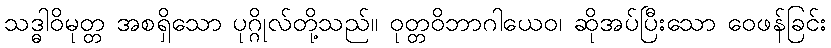
သဒ္ဓါဝိမုတ္တ အစရှိသော ပုဂ္ဂိုလ်တို့သည်။ ဝုတ္တဝိဘာဂါယေဝ၊ ဆိုအပ်ပြီးသော ဝေဖန်ခြင်း